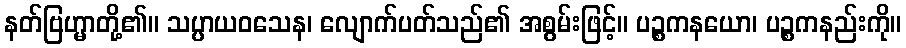
နတ်ဗြဟ္မာတို့၏။ သပ္ပာယဝသေန၊ လျောက်ပတ်သည်၏ အစွမ်းဖြင့်။ ပဉ္စကနယော၊ ပဉ္စကနည်းကို။